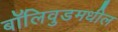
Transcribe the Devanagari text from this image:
बॉलिवुडमधील